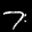
Label: 7